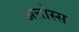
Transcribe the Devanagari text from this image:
अत्तोस्स